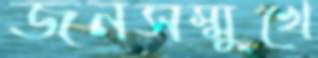
জনসম্মুখে